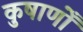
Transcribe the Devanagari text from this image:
कुषाणोँ